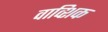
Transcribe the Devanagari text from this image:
वाव्शिक